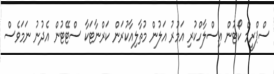
ސްޕްރީމް ކޯޓުން އިސްލާހްކުރި އަމުރު އަލުން މުތާލިއާކުރަން ކަރްނާޓަކާ ސްޓޭޓުން އެދުނު ނަމަވެސް